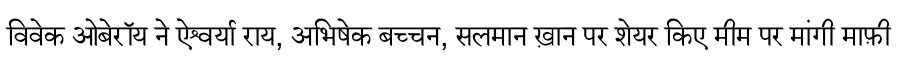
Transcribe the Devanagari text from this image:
विवेक ओबेरॉय ने ऐश्वर्या राय, अभिषेक बच्चन, सलमान ख़ान पर शेयर किए मीम पर मांगी माफ़ी